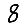
Digit: 8